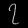
Digit: ၇